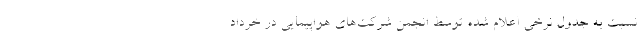
نسبت به جدول نرخی اعلام شده توسط انجمن شرکت‌های هواپیمایی در خرداد